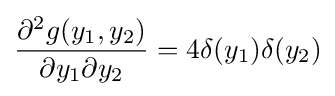
{\frac {\partial ^{2}g(y_{1},y_{2})}{\partial y_{1}\partial y_{2}}}=4\delta (y_{1})\delta (y_{2})